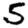
Digit: 5